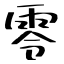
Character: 零